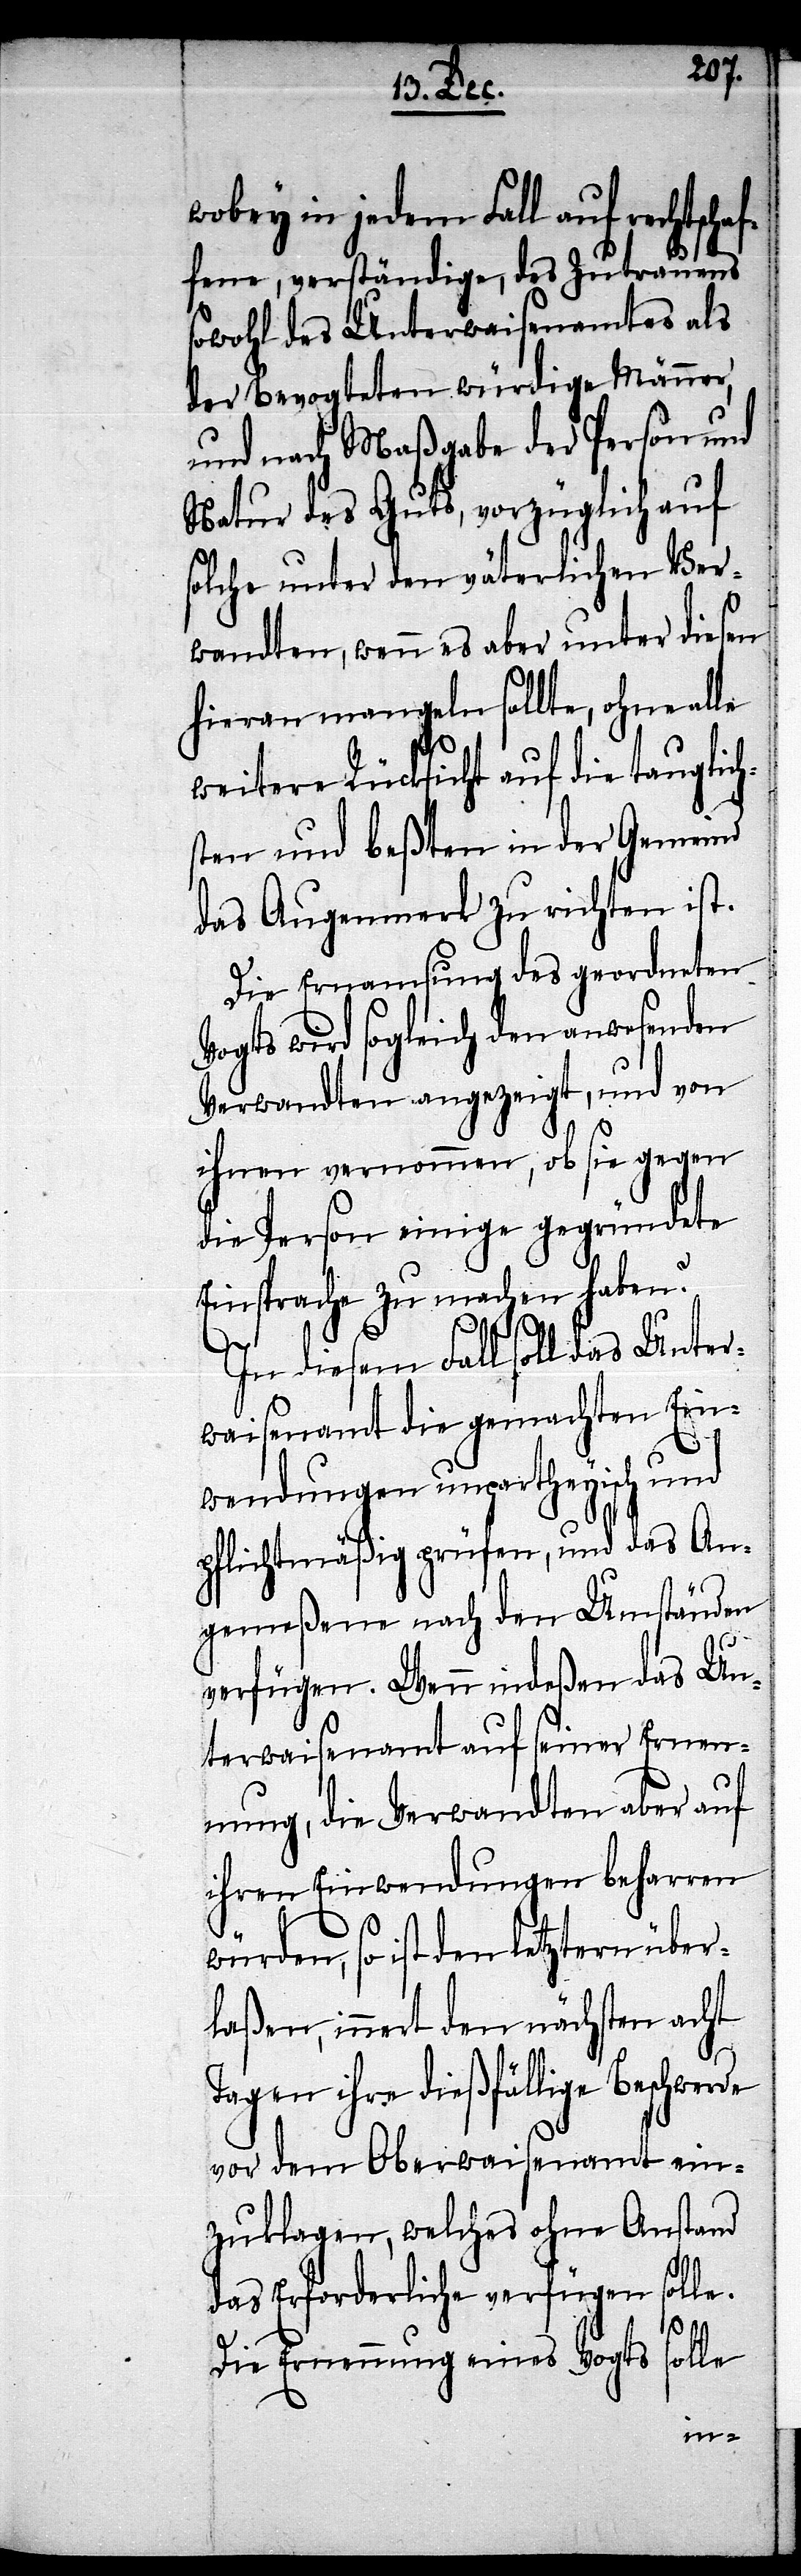
wobey in jedem Fall auf rechtschaf¬
fene, verständige, des Zutrauens
sowohl des Unterwaisenamtes als
der Bevogteten würdige Männer,
und nach Maßgabe der Person und
Natur des Guts, vorzüglich auf
solche unter den väterlichen Ver¬
wandten, wenn es aber unter diesen
hieran mangeln sollte, ohne alle
weitere Rücksicht auf die tauglich¬
sten und beßten in der Gemeind
das Augenmerk zu richten ist.
Die Ernamsung des geordneten
Vogts wird sogleich den anwesenden
wandten vernommen, ob sie gegen
die Person einige gegründete
Einsprache zu machen haben?
In diesem Fall soll das Unter¬
waisenamt die gemachten Ein¬
wendungen unpartheyisch und
pflichtmäßig prüfen, und das An¬
gemeßene nach den Umständen
verfügen. Wenn indeßen das Un¬
terwaisenamt auf seiner Ernen¬
nung, die Verwandten aber auf
ihren Einwendungen beharren
würden, so ist den letztern über¬
laßen, innert den nächsten acht
Tagen ihre dießfällige Beschwerde
von dem Oberwaisenamt ein¬
zuklagen, welches ohne Anstand
das Erforderliche verfügen solle.
solle
Die Ernennung eines Vogts